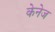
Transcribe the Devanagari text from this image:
केनेज